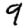
Digit: 9